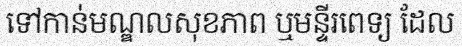
ទៅកាន់មណ្ឌលសុខភាព ឬមន្ទីរពេទ្យ ដែល